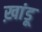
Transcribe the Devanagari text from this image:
ख़ांडू